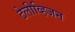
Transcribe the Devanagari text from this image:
टेलीव्हिजन